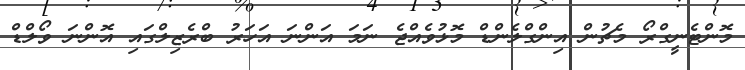
މޮންޓެނީގްރޯ މެޗުން އިންގްލެންޑް މޮޅުވެއްޖެ ނަމަ އަންނަ އަހަރު ބްރެޒިލްގައި އޮންނަ ވޯލްޑް